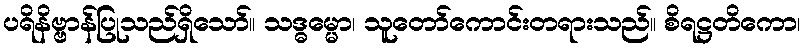
ပရိနိဗ္ဗာန်ပြုသည်ရှိသော်။ သဒ္ဓမ္မော၊ သူတော်ကောင်းတရားသည်။ စိရဋ္ဌတိကော၊